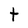
Character: t